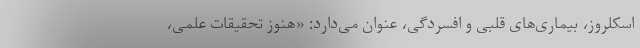
اسکلروز، بیماری‌های قلبی و افسردگی، عنوان می‌دارد: «هنوز تحقیقات علمی،